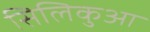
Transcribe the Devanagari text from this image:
सिलिकुआ